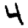
Digit: 4